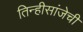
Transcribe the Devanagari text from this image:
तिन्हीसांजेची